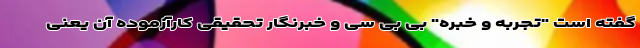
گفته است "تجربه و خبره" بی بی سی و خبرنگار تحقیقی کارآزموده آن یعنی